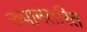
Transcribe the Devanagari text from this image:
रुपानतरित